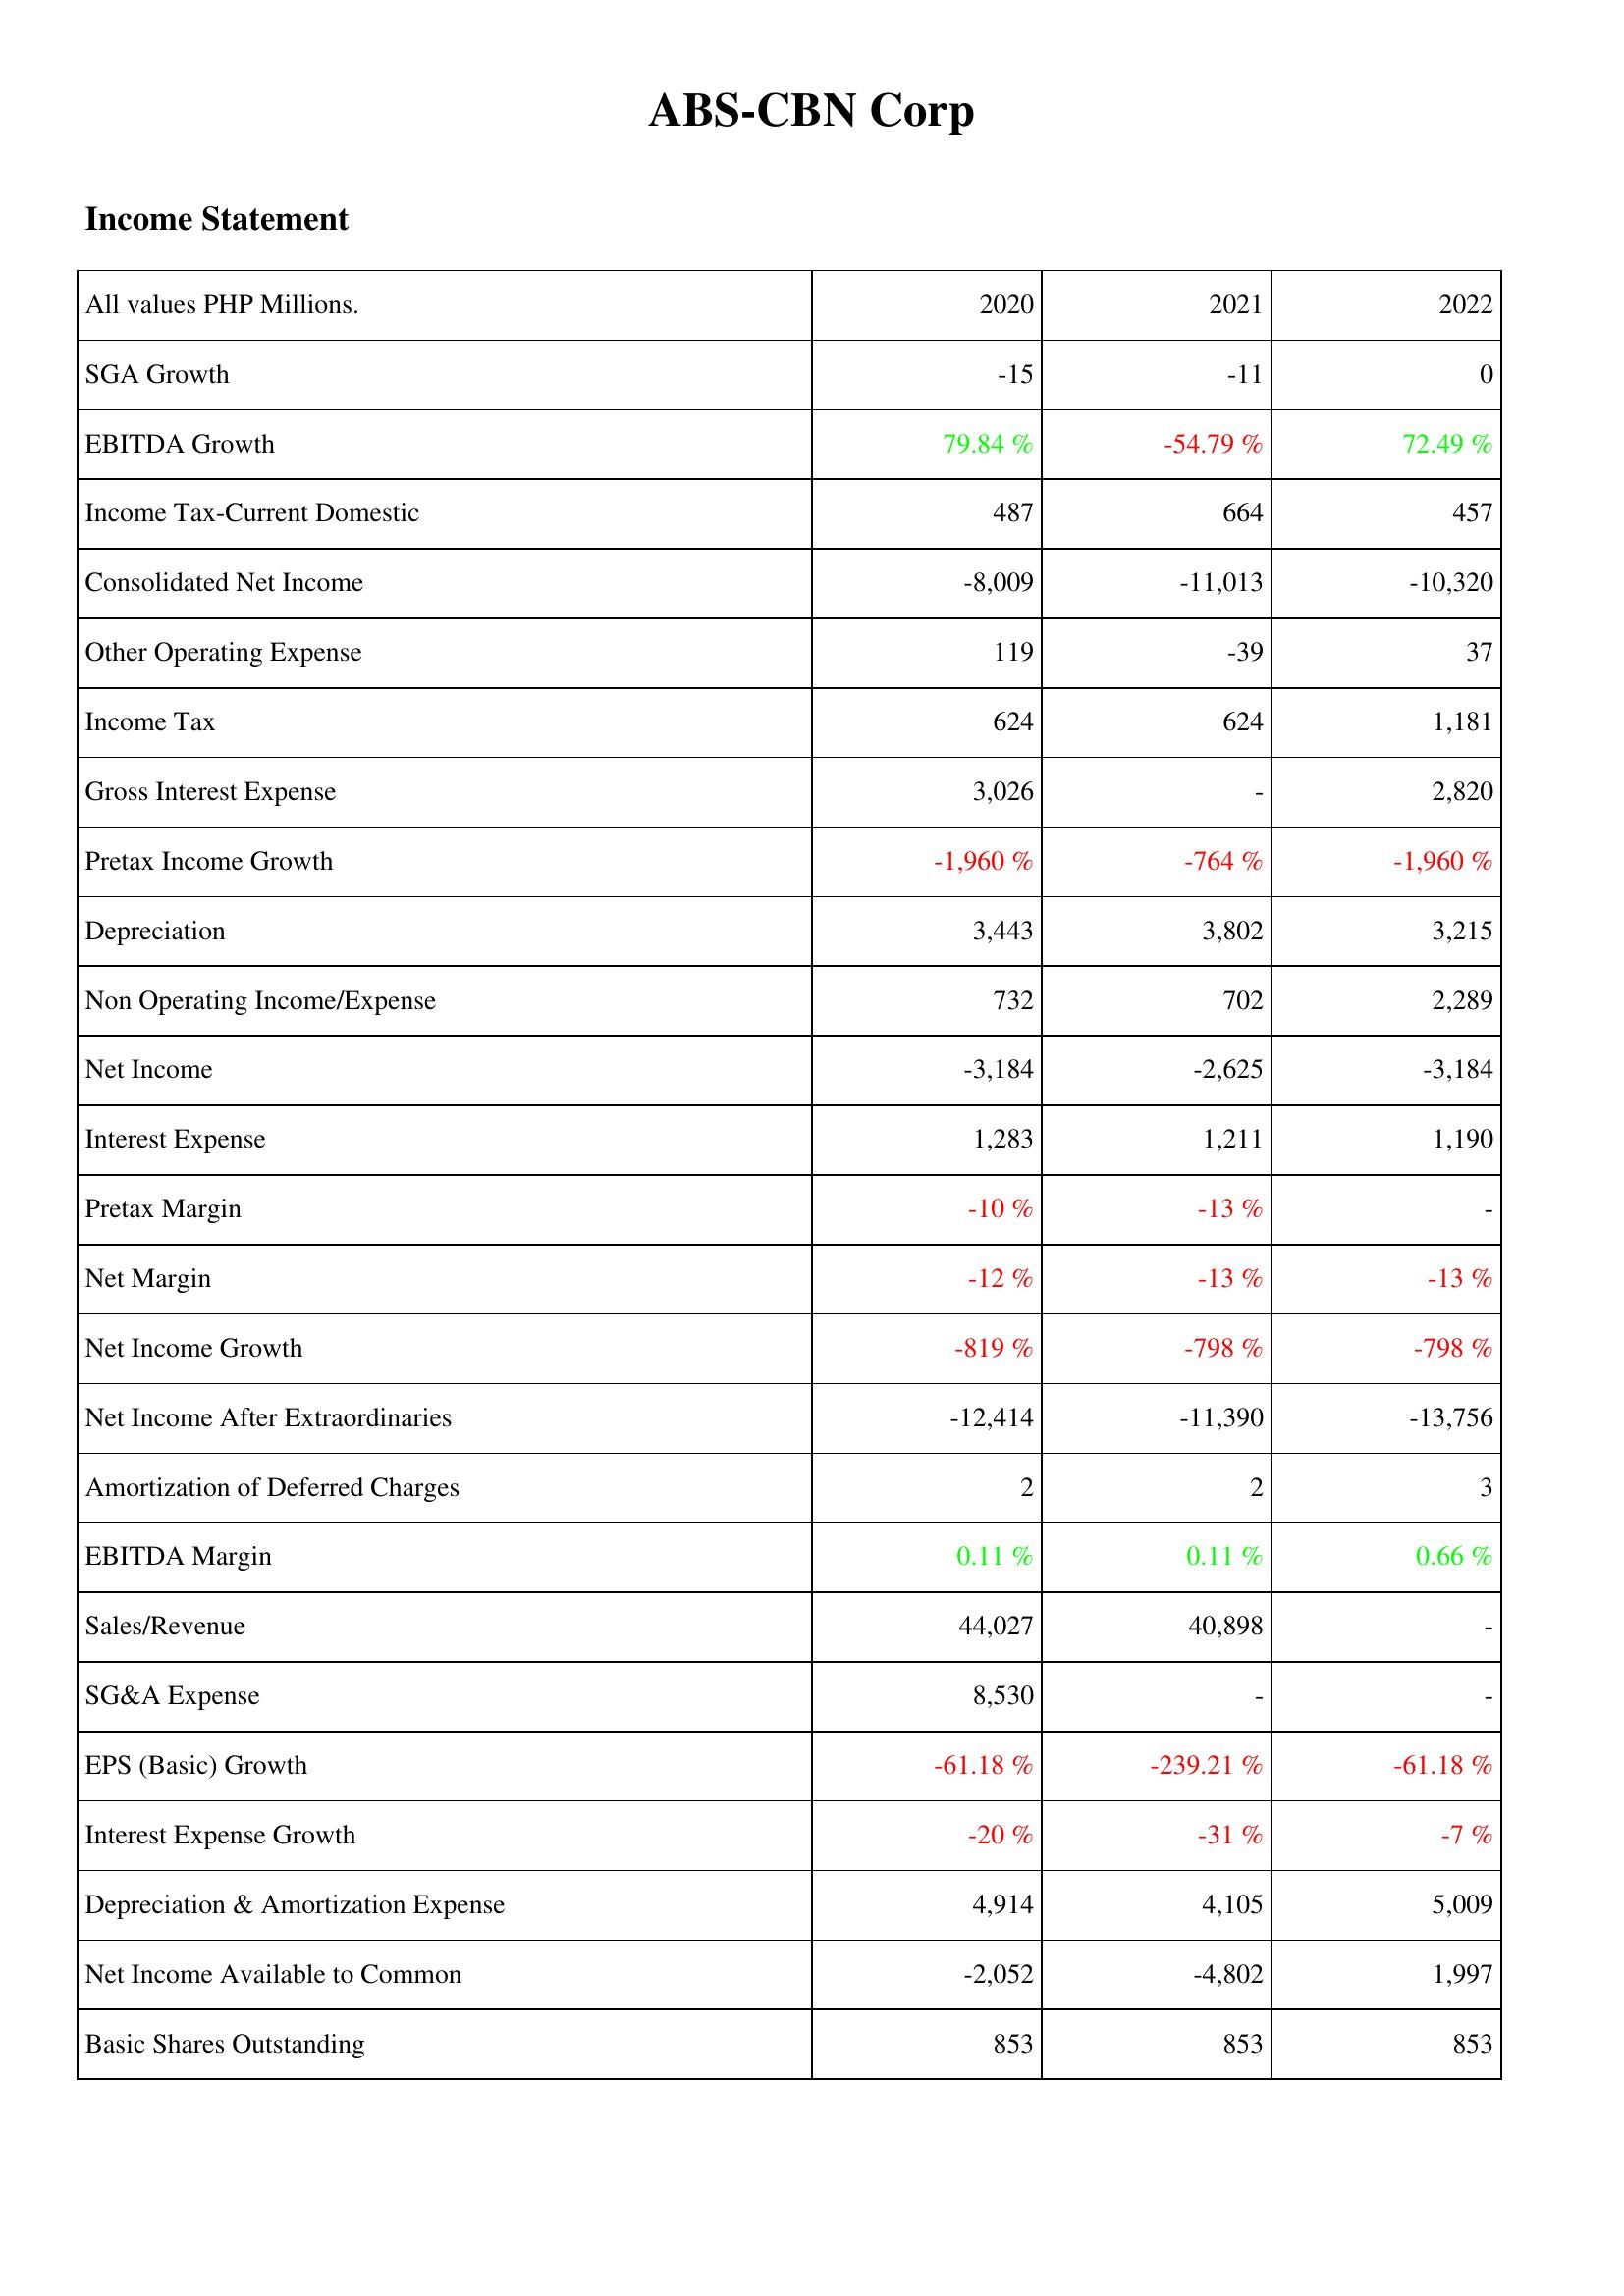
2020: Income Statement: SGA Growth: -15
EBITDA Growth: 79.84 %
Income Tax-Current Domestic: 487
Consolidated Net Income: -8,009
Other Operating Expense: 119
Income Tax: 624
Gross Interest Expense: 3,026
Pretax Income Growth: -1,960 %
Depreciation: 3,443
Non Operating Income/Expense: 732
Net Income: -3,184
Interest Expense: 1,283
Pretax Margin: -10 %
Net Margin: -12 %
Net Income Growth: -819 %
Net Income After Extraordinaries: -12,414
Amortization of Deferred Charges: 2
EBITDA Margin: 0.11 %
Sales/Revenue: 44,027
SG&A Expense: 8,530
EPS (Basic) Growth: -61.18 %
Interest Expense Growth: -20 %
Depreciation & Amortization Expense: 4,914
Net Income Available to Common: -2,052
Basic Shares Outstanding: 853
2021: Income Statement: SGA Growth: -11
EBITDA Growth: -54.79 %
Income Tax-Current Domestic: 664
Consolidated Net Income: -11,013
Other Operating Expense: -39
Income Tax: 624
Gross Interest Expense: -
Pretax Income Growth: -764 %
Depreciation: 3,802
Non Operating Income/Expense: 702
Net Income: -2,625
Interest Expense: 1,211
Pretax Margin: -13 %
Net Margin: -13 %
Net Income Growth: -798 %
Net Income After Extraordinaries: -11,390
Amortization of Deferred Charges: 2
EBITDA Margin: 0.11 %
Sales/Revenue: 40,898
SG&A Expense: -
EPS (Basic) Growth: -239.21 %
Interest Expense Growth: -31 %
Depreciation & Amortization Expense: 4,105
Net Income Available to Common: -4,802
Basic Shares Outstanding: 853
2022: Income Statement: SGA Growth: 0
EBITDA Growth: 72.49 %
Income Tax-Current Domestic: 457
Consolidated Net Income: -10,320
Other Operating Expense: 37
Income Tax: 1,181
Gross Interest Expense: 2,820
Pretax Income Growth: -1,960 %
Depreciation: 3,215
Non Operating Income/Expense: 2,289
Net Income: -3,184
Interest Expense: 1,190
Pretax Margin: -
Net Margin: -13 %
Net Income Growth: -798 %
Net Income After Extraordinaries: -13,756
Amortization of Deferred Charges: 3
EBITDA Margin: 0.66 %
Sales/Revenue: -
SG&A Expense: -
EPS (Basic) Growth: -61.18 %
Interest Expense Growth: -7 %
Depreciation & Amortization Expense: 5,009
Net Income Available to Common: 1,997
Basic Shares Outstanding: 853